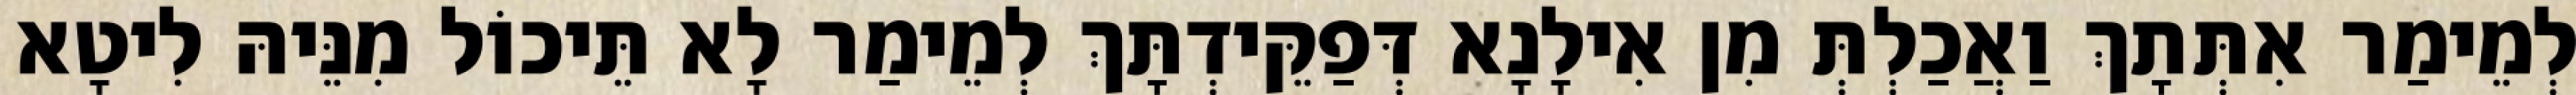
לְמֵימַר אִתְּתָךְ וַאֲכַלְתְּ מִן אִילָנָא דְּפַקֵּידְתָּךְ לְמֵימַר לָא תֵּיכוֹל מִנֵּיהּ לִיטָא